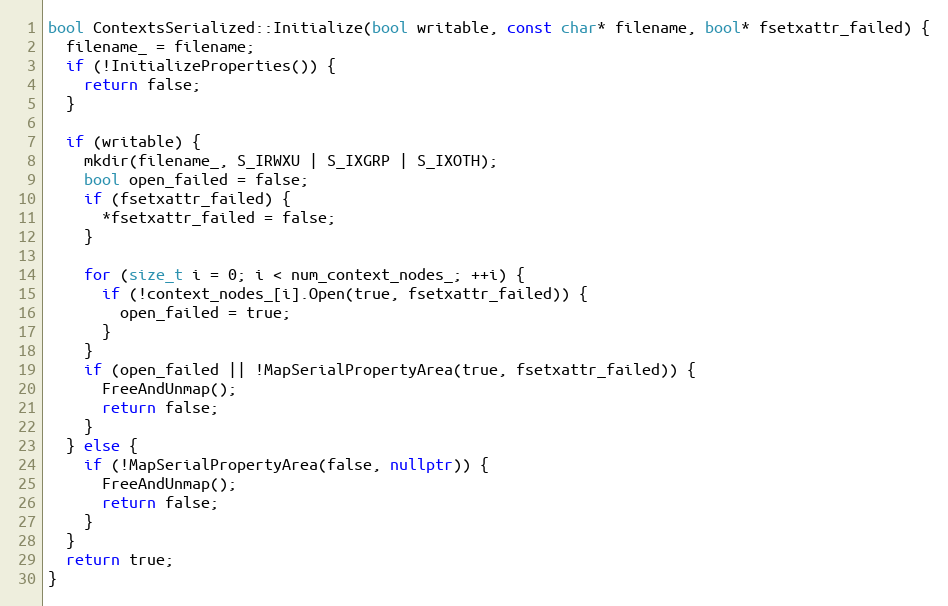
Language: C++
bool ContextsSerialized::Initialize(bool writable, const char* filename, bool* fsetxattr_failed) {
  filename_ = filename;
  if (!InitializeProperties()) {
    return false;
  }

  if (writable) {
    mkdir(filename_, S_IRWXU | S_IXGRP | S_IXOTH);
    bool open_failed = false;
    if (fsetxattr_failed) {
      *fsetxattr_failed = false;
    }

    for (size_t i = 0; i < num_context_nodes_; ++i) {
      if (!context_nodes_[i].Open(true, fsetxattr_failed)) {
        open_failed = true;
      }
    }
    if (open_failed || !MapSerialPropertyArea(true, fsetxattr_failed)) {
      FreeAndUnmap();
      return false;
    }
  } else {
    if (!MapSerialPropertyArea(false, nullptr)) {
      FreeAndUnmap();
      return false;
    }
  }
  return true;
}